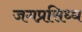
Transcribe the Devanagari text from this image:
जगप्रसिध्ध